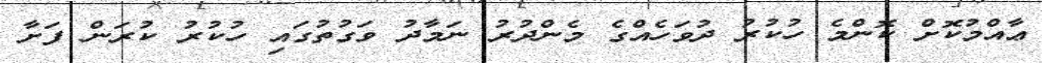
ޢާއްމުކޮށް ކޮންމެ ހުކުރު ދުވަހެއްގެ މެންދުރު ނަމާދު ވަގުތުގައި ހުކުރު ކުރަން ފަށާ